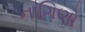
નાગિણો